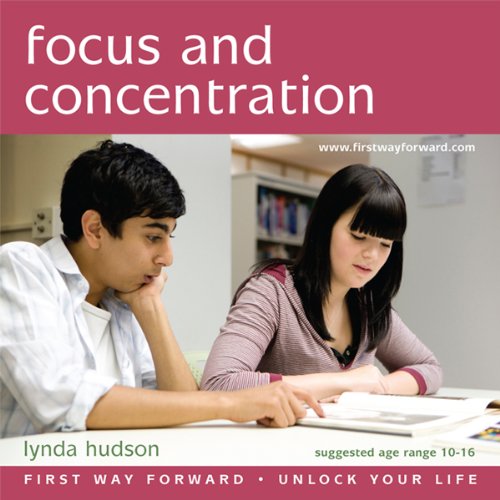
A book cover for Focus and Concentration: 10-16 Year-olds; Lynda Hudson; Parenting & Relationships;